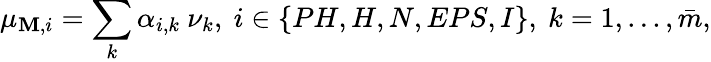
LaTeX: \mu_{\mathbf{M},i}=\sum_{k}\alpha_{i,k}\ \nu_{k},\ i\in\{ PH,H,N,EPS,I\} ,\ k=1,...,\bar{{m}},